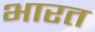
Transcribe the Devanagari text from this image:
भारत